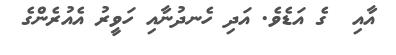
އާއި  ގެ އަޑެވެ. އަދި ހެނދުނާއި ހަވީރު އެއުރެންގެ